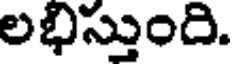
లభిస్తుంది.